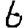
Digit: 6